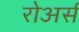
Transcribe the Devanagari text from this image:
रोअर्स